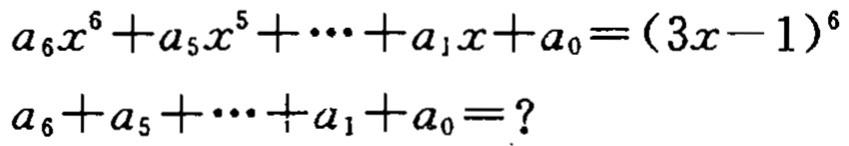
\[
\begin{align*}
a_{6}x^{6}+a_{5}x^{5}+\cdots +a_{1}x + a_{0}&=(3x - 1)^{6}\\
a_{6}+a_{5}+\cdots +a_{1}+a_{0}&=?
\end{align*}
\]